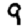
Digit: 9